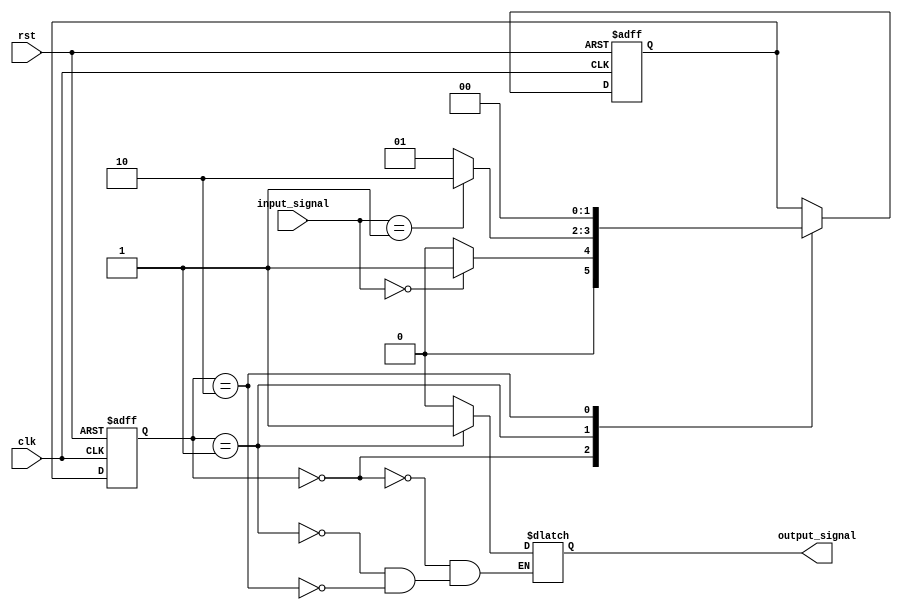
module mealy_state_machine (
    input wire clk, // Clock input
    input wire rst, // Reset input
    input wire [1:0] input_signal, // Input signal
    output wire output_signal // Output signal
);

// Defining states
parameter STATE_0 = 2'b00;
parameter STATE_1 = 2'b01;
parameter STATE_2 = 2'b10;

// Defining output signals for each state
parameter OUTPUT_0 = 1'b0;
parameter OUTPUT_1 = 1'b1;
parameter OUTPUT_2 = 1'b0;

// Defining wait states
parameter WAIT_STATE_CYCLES = 10;
reg [3:0] wait_counter;

// State register
reg [1:0] current_state, next_state;

// Combinational logic for next state determination
always @ (posedge clk or posedge rst) begin
    if (rst) begin
        current_state <= STATE_0;
        next_state <= STATE_0;
    end else begin
        current_state <= next_state;
        case (current_state)
            STATE_0: begin
                if (input_signal == 2'b00)
                    next_state <= STATE_1;
                else
                    next_state <= STATE_0;
            end
            STATE_1: begin
                if (input_signal == 2'b01)
                    next_state <= STATE_2;
                else
                    next_state <= STATE_1;
            end
            STATE_2: begin
                next_state <= STATE_0;
            end
        endcase
    end
end

// Output logic
always @* begin
    case (current_state)
        STATE_0: output_signal = OUTPUT_0;
        STATE_1: output_signal = OUTPUT_1;
        STATE_2: output_signal = OUTPUT_2;
    endcase
end

// Wait state logic
always @(posedge clk or posedge rst) begin
    if (rst)
        wait_counter <= 0;
    else if (current_state == STATE_1 && wait_counter < WAIT_STATE_CYCLES)
        wait_counter <= wait_counter + 1;
    else
        wait_counter <= 0;
end

endmodule